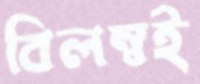
বিলম্বই